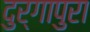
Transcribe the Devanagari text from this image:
दुर्गापुरा